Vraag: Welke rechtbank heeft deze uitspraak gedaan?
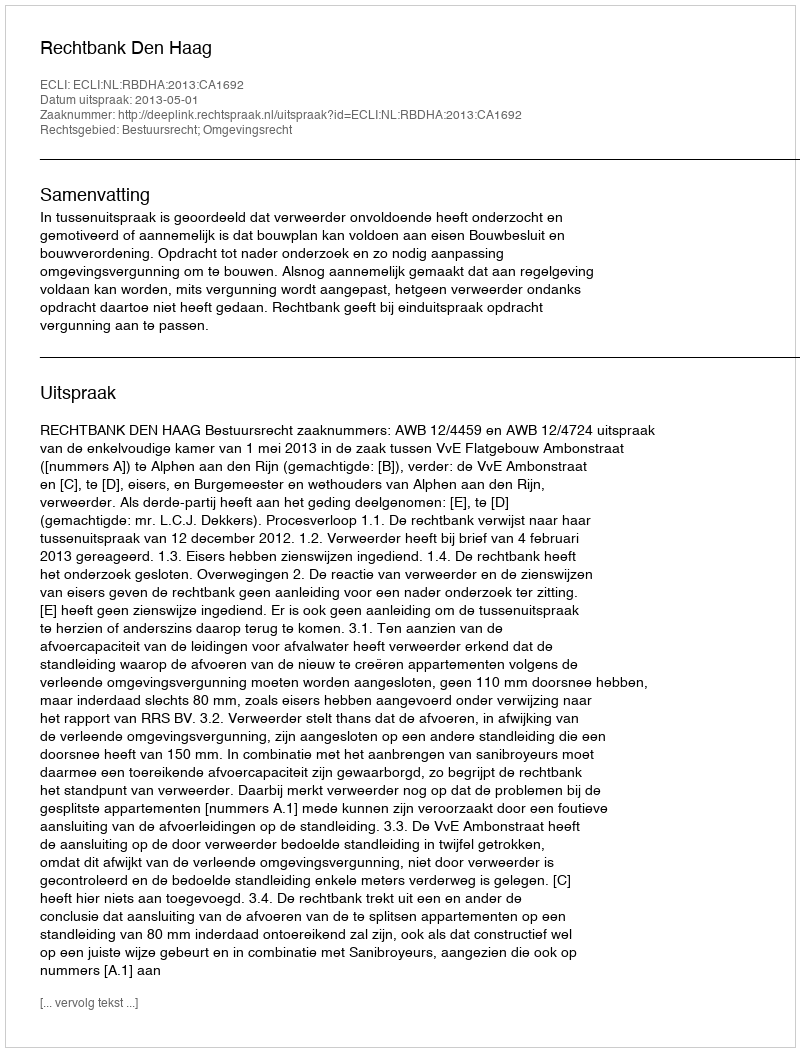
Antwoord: Rechtbank Den Haag